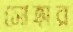
সোহার